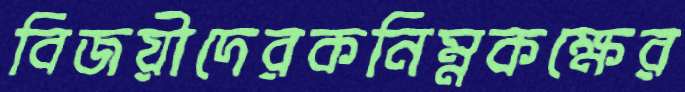
বিজয়ীদেরকনিম্নকক্ষের